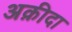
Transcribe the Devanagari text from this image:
अक़ीदा